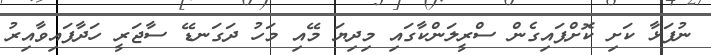
ނުފަޅާ ކަށި ކޮށްޕައިގެން ސްރީލަންކާގައި މިދިޔަ މޭއި މަހު ދަގަނޑޭ ސާޖަރީ ހަދާފައިވާއިރު